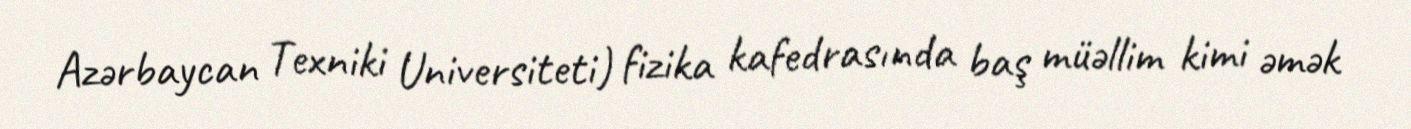
Azərbaycan Texniki Universiteti) fizika kafedrasında baş müəllim kimi əmək